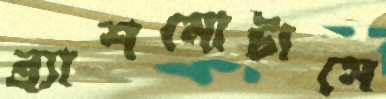
ব্র্যাশমোটাসে